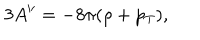
3 A ^ { \prime \prime } = - 8 \pi ( \rho + p _ { T } ) ,